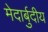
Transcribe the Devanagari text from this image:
मेदार्बुदीय